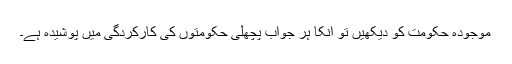
موجودہ حکومت کو دیکھیں تو انکا ہر جواب پچھلی حکومتوں کی کارکردگی میں پوشیدہ ہے۔